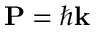
\mathbf { P } = \hbar \mathbf { k }